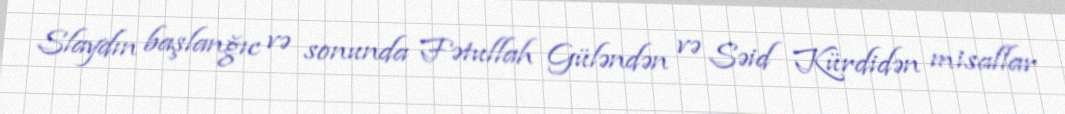
Slaydın başlanğıc və sonunda Fətullah Güləndən və Səid Kürdidən misallar